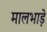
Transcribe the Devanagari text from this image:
मालभाड़े